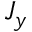
J _ { y }